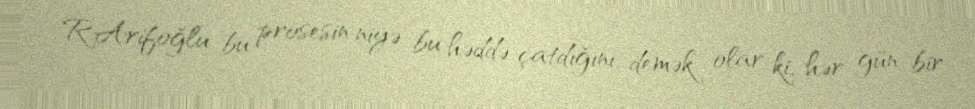
R.Arifoğlu bu prosesin niyə bu həddə çatdığını, demək olar ki, hər gün bir